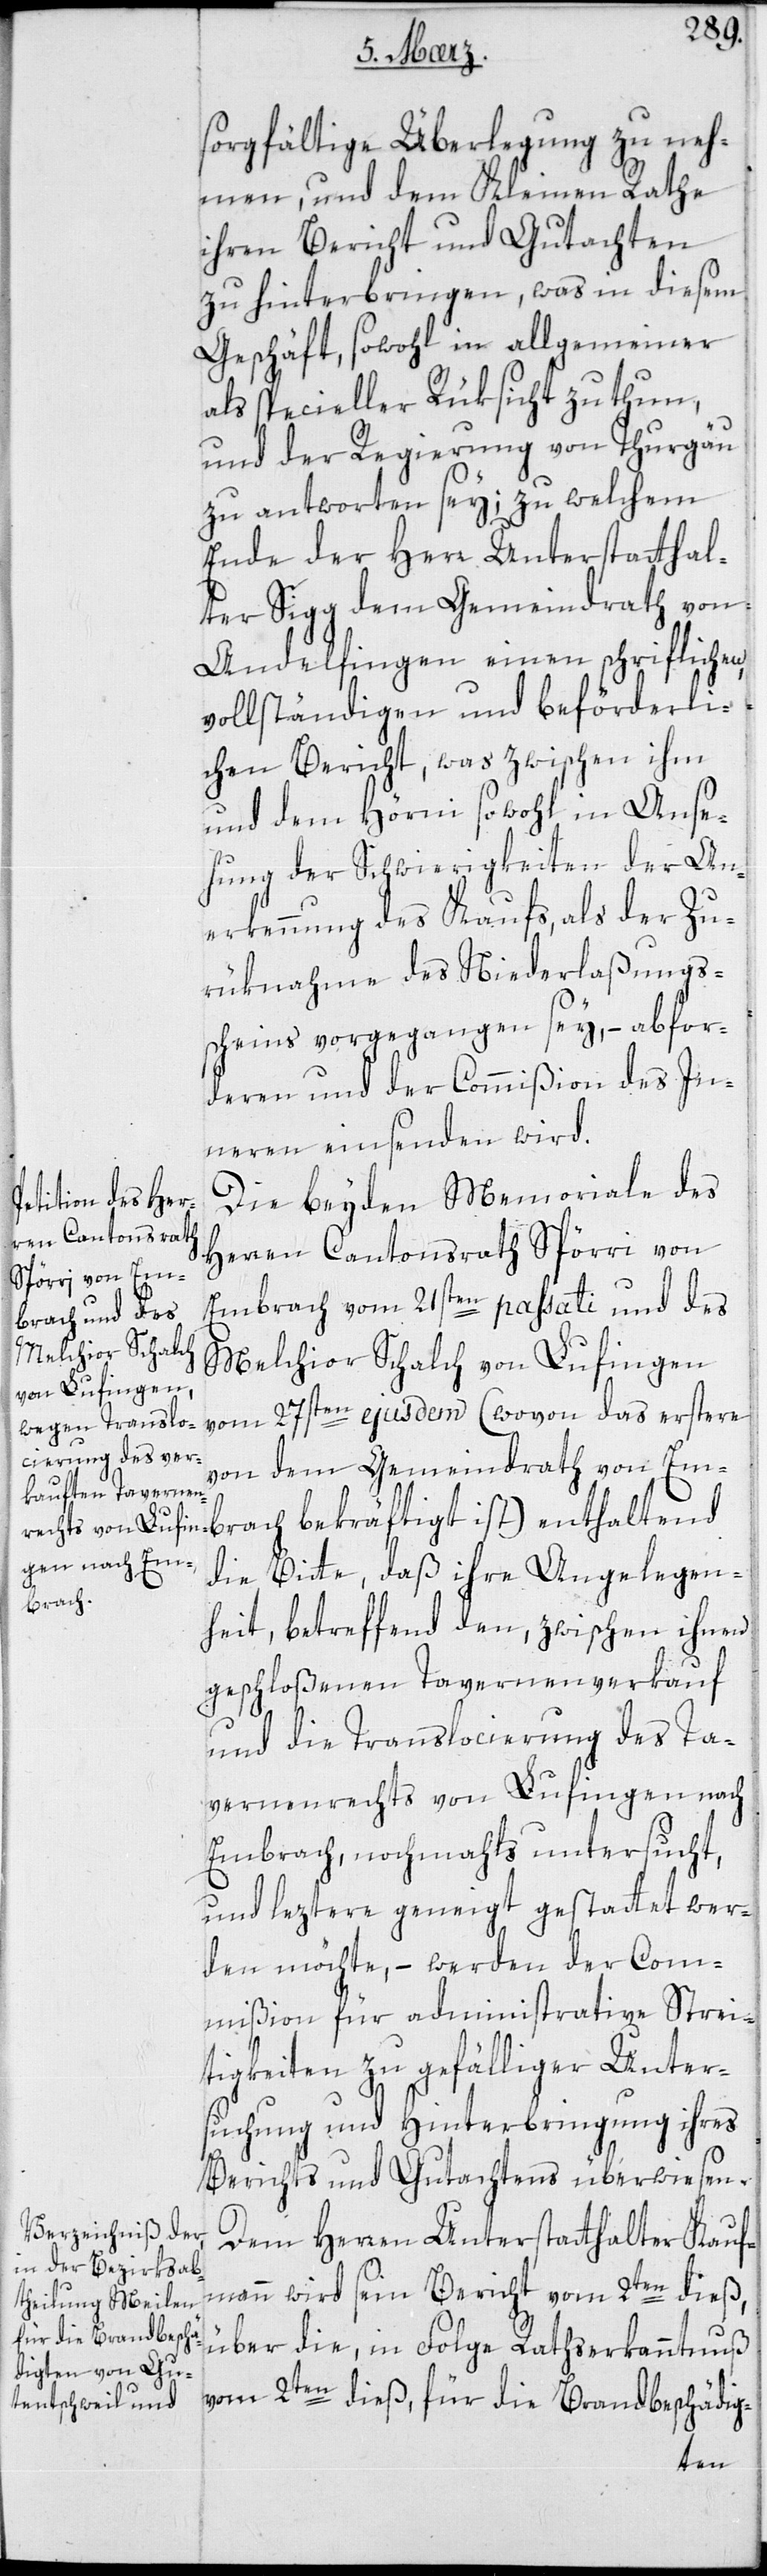
ädig-
sorgfältige Überlegung zu neh¬
men und dem Kleinen Rathe
ihren Bericht und Gutachten
zu hinterbringen, was in diesem
Geschäft, sowohl in allgemeiner
als specieller Rüksicht zu thun,
und der Regierung von Thurgau
zu antworten sey; zu welchem
Ende der Herr Unterstatthal¬
ter Sigg dem Gemeindrath von
Andelfingen einen schriftlichen
vollständigen und beförderli¬
chen Bericht, was zwischen ihm
und dem Hörni sowohl in Anse¬
hung der Schwierigkeiten der An¬
erkennung des Kaufs, als der Zu¬
rüknahme des Niederlaßungß¬
chein vorgegangen sey, – abfor¬
deren und der Commißion des In¬
nern einsenden wird.
Die beyden Memoriale des
Herren Cantonsrath Spörri von
Embrach vom 21sten passati und des
Melchior Schalch von Lufingen
vom 27sten ejusdem ( wovon das erstere
von dem GemeindRathvon Em¬
die Bitte, daß ihre Angelegen¬
brach
heit betreffend den, zwischen ihnen
geschloßenen Tavernenverkauf
und die Translocierung des Ta¬
vernenrechts von Lufingen nach
Embrach, nochmahls untersucht,
und leztere geneigt gestattet wer¬
den möchte, – werden der Com¬
mißion für administrative Strei¬
tigkeiten zu gefälliger Unter¬
suchung und Hinterbringung ihres
Berichts und Gutachtens überwiesen.
Dem Herren Unterstatthalter Kauf¬
mann wird sein Bericht vom 2ten dieß
für die Brandbesch¬
über die, in Folge Rathserkanntnuß
2ten